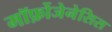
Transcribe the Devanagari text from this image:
मॉर्फ़ोजेनेसिस